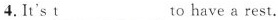
4.It's \underline{t}___ to have a rest.